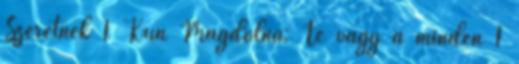
Szeretnék 1 Kun Magdolna: Te vagy a minden 1